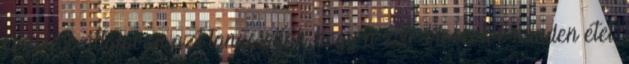
kezelése általában azt tanácsolják, hogy a zsír-blokkolók minden étel.